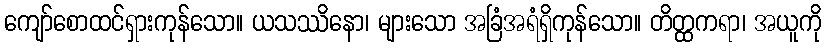
ကျော်စောထင်ရှားကုန်သော။ ယသဿိနော၊ များသော အခြံအရံရှိကုန်သော။ တိတ္ထကရာ၊ အယူကို